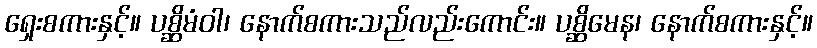
ရှေးစကားနှင့်။ ပစ္ဆိမံဝါ၊ နောက်စကားသည်လည်းကောင်း။ ပစ္ဆိမေန၊ နောက်စကားနှင့်။